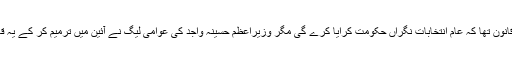
بنگلہ دیش میں قانون تھا کہ عام انتخابات نگراں حکومت کرایا کرے گی مگر وزیراعظم حسینہ واجد کی عوامی لیگ نے آئین میں ترمیم کر کے یہ قانون ختم کر دیا۔